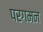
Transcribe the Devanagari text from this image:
परगमन